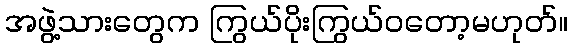
အဖွဲ့သားတွေက ကြွယ်ပိုးကြွယ်ဝတော့မဟုတ်။